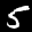
Label: 5